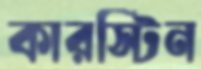
কারস্টিন